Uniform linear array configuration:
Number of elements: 16
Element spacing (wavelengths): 0.25
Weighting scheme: hamming
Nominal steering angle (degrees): -60
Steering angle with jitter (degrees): -58.727
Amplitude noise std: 0.05
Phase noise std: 0.05

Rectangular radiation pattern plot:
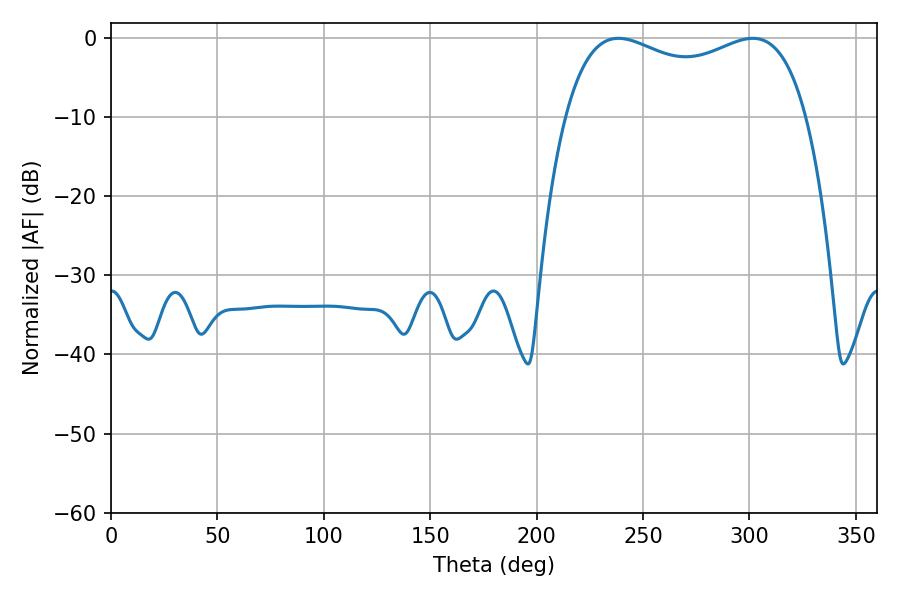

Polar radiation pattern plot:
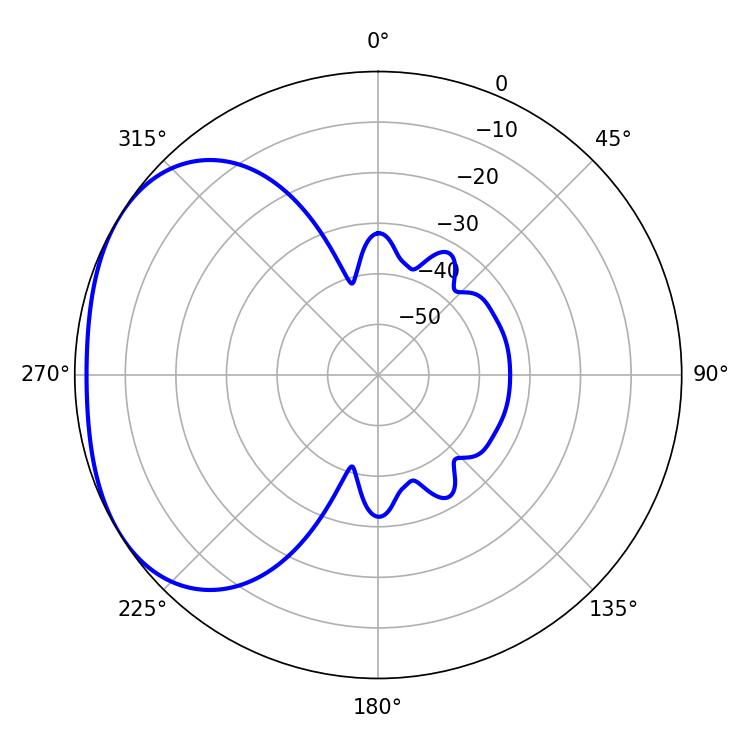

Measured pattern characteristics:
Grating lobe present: FALSE
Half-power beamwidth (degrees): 93.6
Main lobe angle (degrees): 238.5